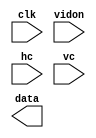
`timescale 1ns / 1ps
//////////////////////////////////////////////////////////////////////////////////
// Company: 
// Engineer: 
// 
// Design Name: 
// Module Name:    map_sync 
// Project Name: 
// Target Devices: 
// Tool versions: 
// Description: 
//
// Dependencies: 
//
// Revision: 
// Revision 0.01 - File Created
// Additional Comments: 
//
//////////////////////////////////////////////////////////////////////////////////
module map_sync(
input wire clk,
input wire vidon,
input wire [9:0] hc,
input wire [9:0] vc,
output reg [12:0] data
    );

endmodule